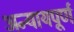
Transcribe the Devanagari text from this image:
अन्‍यायपूर्ण